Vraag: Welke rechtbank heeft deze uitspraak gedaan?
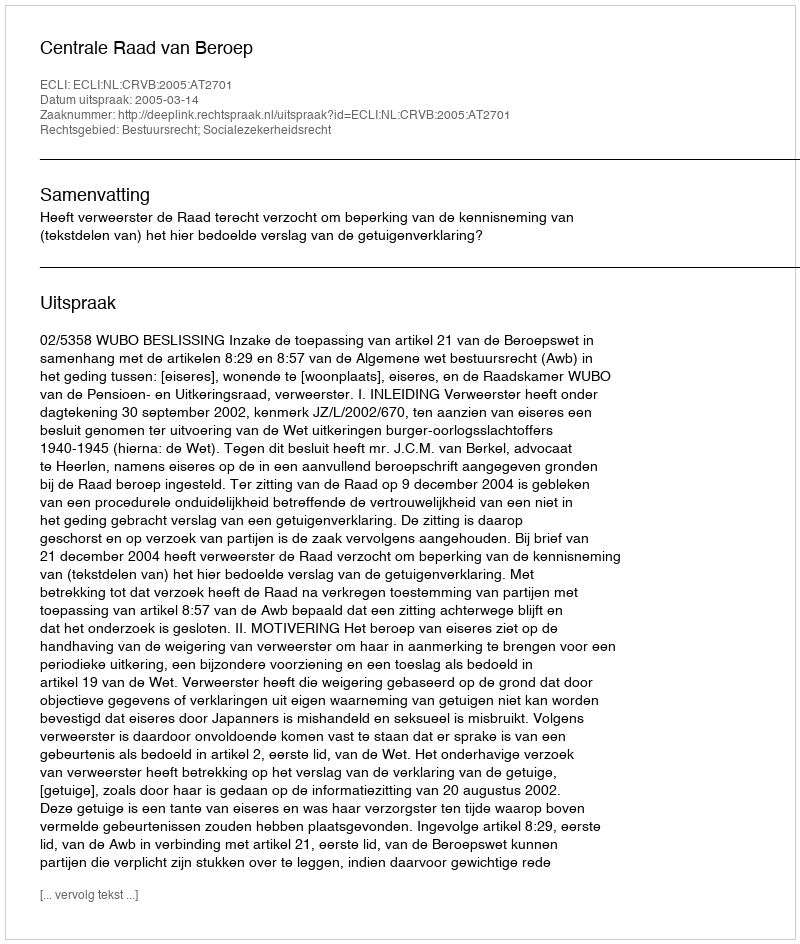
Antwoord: Centrale Raad van Beroep